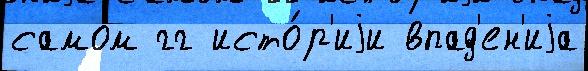
самом гг исто́р'иjи впад'ен'иjа